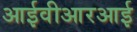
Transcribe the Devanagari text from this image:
आईवीआरआई